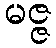
မဇ္ဇ